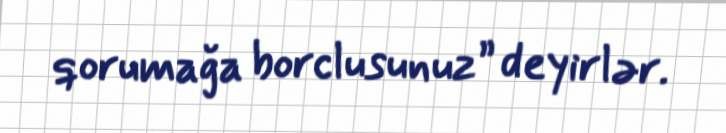
qorumağa borclusunuz” deyirlər.